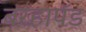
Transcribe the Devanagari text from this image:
बरहापॅड